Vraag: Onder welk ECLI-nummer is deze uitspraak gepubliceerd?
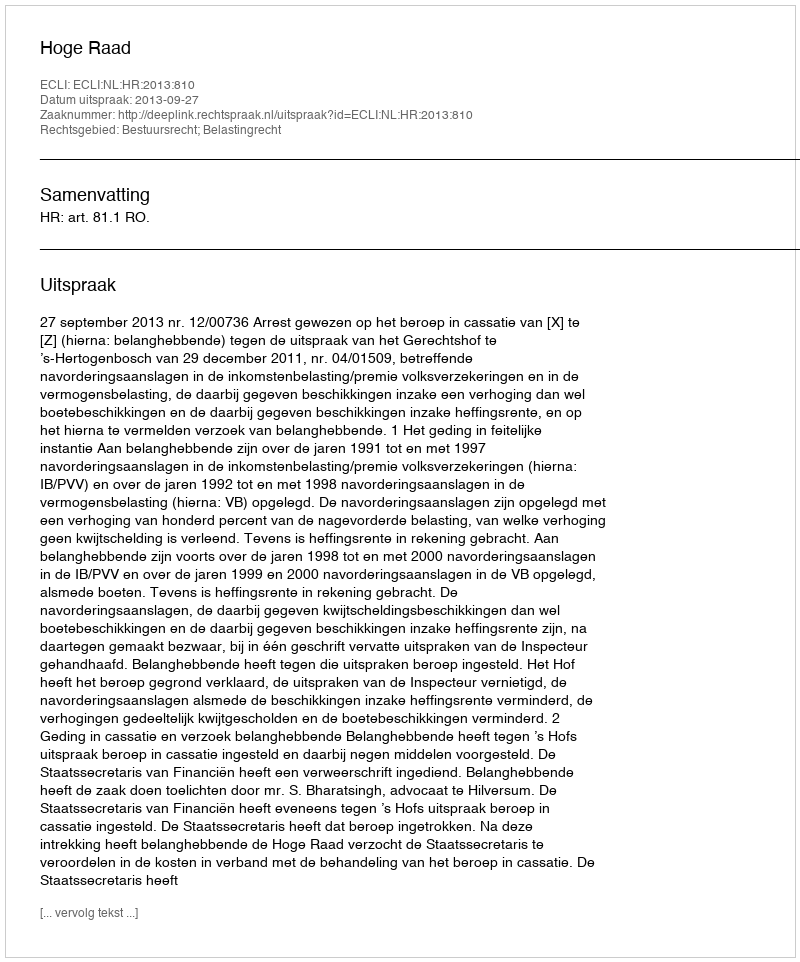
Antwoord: ECLI:NL:HR:2013:810